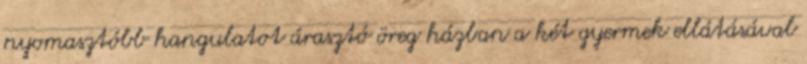
nyomasztóbb hangulatot árasztó öreg házban a két gyermek ellátásával